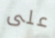
على